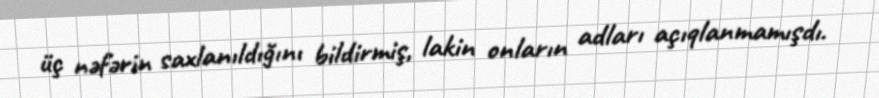
üç nəfərin saxlanıldığını bildirmiş, lakin onların adları açıqlanmamışdı.